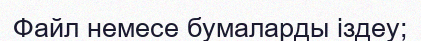
Файл немесе бумаларды іздеу;